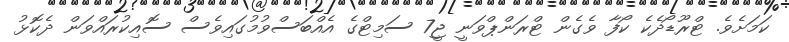
ކަމަށެވެ. ޓްރޫޑޯދެކެ ކޯފާ ވެގެން ޓްރަންޕްވަނީ ޖީ7 ސަމިޓްގެ އެއްބަސްވުމުގައިވެސް ސޮއިކުރައްވަން ދެކޮޅު